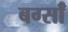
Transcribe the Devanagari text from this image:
बर्ग्साँ